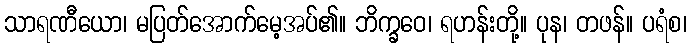
သာရဏီယော၊ မပြတ်အောက်မေ့အပ်၏။ ဘိက္ခဝေ၊ ရဟန်းတို့။ ပုန၊ တဖန်။ ပရံစ၊